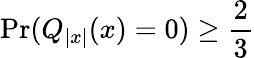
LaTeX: \mathrm{Pr}(Q_{|x|}(x)=0)\geq{\frac{2}{3}}